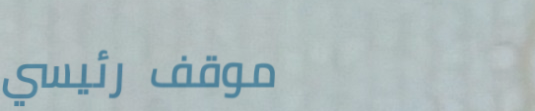
موقف رئيسي